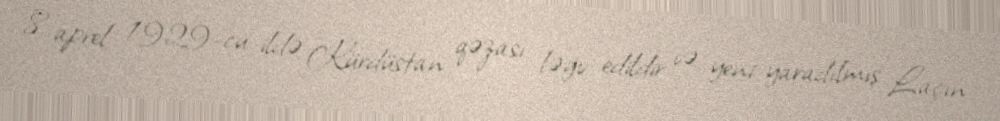
8 aprel 1929-cu ildə Kürdüstan qəzası ləğv edildir və yeni yaradılmış Laçın